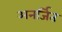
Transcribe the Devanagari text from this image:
अनर्जित